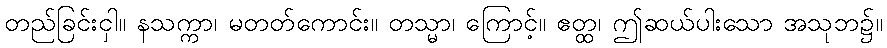
တည်ခြင်းငှါ။ နသက္ကာ၊ မတတ်ကောင်း။ တသ္မာ၊ ကြောင့်။ ဧတ္ထ၊ ဤဆယ်ပါးသော အသုဘ၌။